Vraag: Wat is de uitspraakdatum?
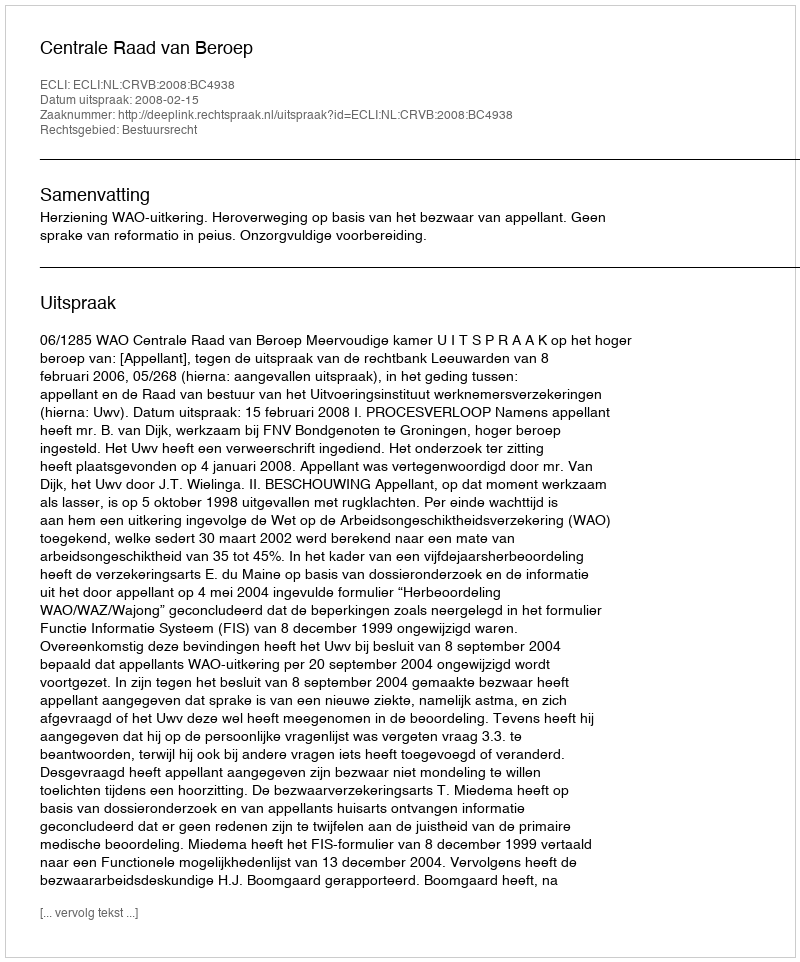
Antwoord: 2008-02-15